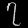
Digit: ၇